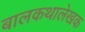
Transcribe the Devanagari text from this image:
बालकथालेखक